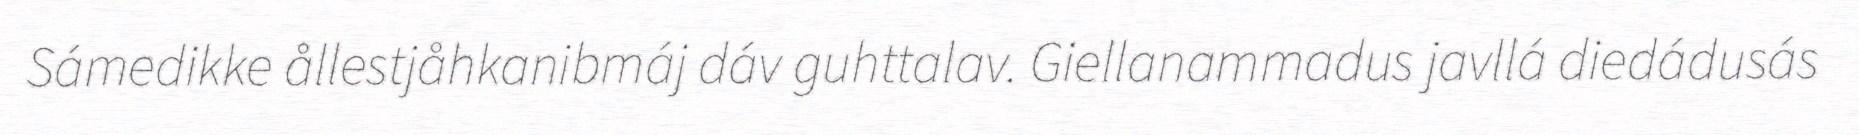
Sámedikke ållestjåhkanibmáj dáv guhttalav. Giellanammadus javllá diedádusás